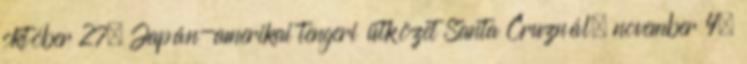
október 27. Japán-amerikai tengeri ütközet Santa Cruznál. november 4.